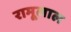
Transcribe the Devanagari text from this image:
रामूलाल